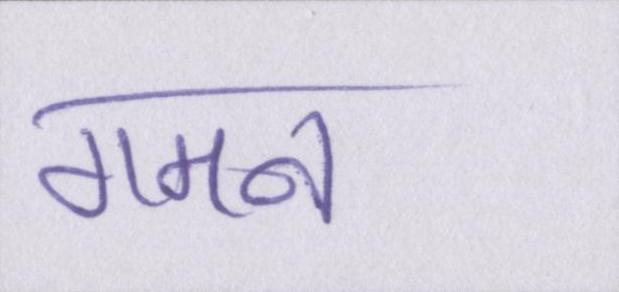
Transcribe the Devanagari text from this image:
गमन